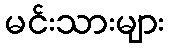
မင်းသားများ